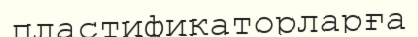
пластификаторларға